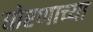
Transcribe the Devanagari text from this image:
धोरणाच्‍या